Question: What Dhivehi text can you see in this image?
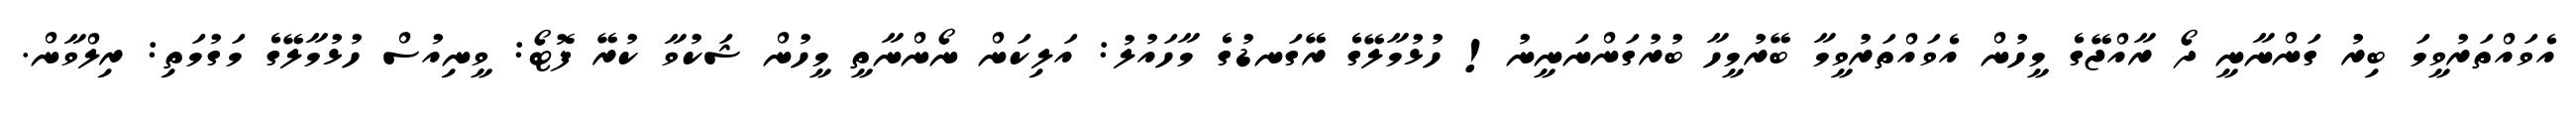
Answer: އެވައްތަރުވީމަ ބިރު ގަންނާނީ ދޯ ރާއްޖޭގެ މީހުން އެވައްތަރުވީމާ ބޭރުމީހާ ބުރުގަންނަނީނު! ހުޅުމާލޭގެ ރޭގަނޑުގެ މާހައުލު: އަލިކަން ނޯންނާތީ މީހުން ޝަކުވާ ކުރޭ ފޮޓޯ: ވީނިއުސް ހުޅުމާލޭގެ މަގުމަތި: ރިލްވާން.